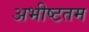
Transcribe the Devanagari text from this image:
अभीष्टतम